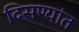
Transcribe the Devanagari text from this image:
दिसण्यांत